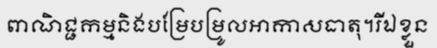
ពាណិជ្ជកម្មនិងបម្រែបម្រូលអាកាសធាតុ។រីឯខ្លួន